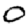
Digit: 0